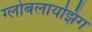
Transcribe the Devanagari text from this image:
ग्लोबलायझिंग